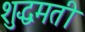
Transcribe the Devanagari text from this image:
शुद्धमती